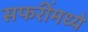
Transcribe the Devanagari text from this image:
सफरींमध्ये